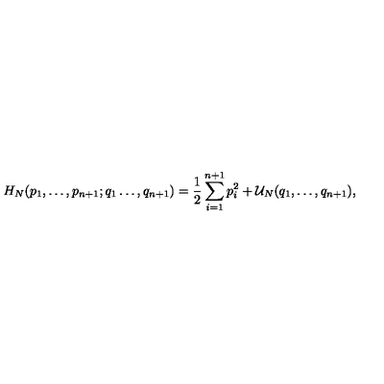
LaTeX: H _ { N } ( p _ { 1 } , \ldots , p _ { n + 1 } ; q _ { 1 } \ldots , q _ { n + 1 } ) = { \frac { 1 } { 2 } } \sum _ { i = 1 } ^ { n + 1 } p _ { i } ^ { 2 } + { \cal U } _ { N } ( q _ { 1 } , \ldots , q _ { n + 1 } ) ,